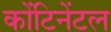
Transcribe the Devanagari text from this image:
कोंटिनेंटल